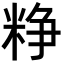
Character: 𥺲